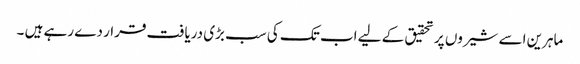
ماہرین اسے شیروں پر تحقیق کے لیے اب تک کی سب بڑی دریافت قرار دے رہے ہیں ۔